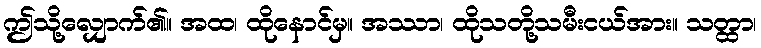
ဤသို့လျှောက်၏။ အထ၊ ထိုနောင်မှ။ အဿာ၊ ထိုသတို့သမီးငယ်အား။ သတ္ထာ၊